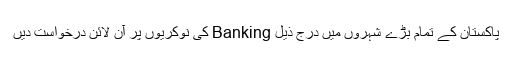
پاکستان کے تمام بڑے شہروں میں درج ذیل Banking کی نوکریوں پر آن لائن درخواست دیں